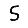
Digit: 5